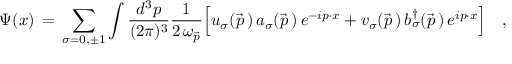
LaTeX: \Psi ( x ) \, = \, \sum _ { \sigma = 0 , \pm 1 } \int { \frac { d ^ { 3 } p } { ( 2 \pi ) ^ { 3 } } } { \frac { 1 } { 2 \, \omega _ { \vec { p } } } } \Big [ u _ { \sigma } ( \vec { p } \, ) \, a _ { \sigma } ( \vec { p } \, ) \, e ^ { - i p \cdot x } + v _ { \sigma } ( \vec { p } \, ) \, b _ { \sigma } ^ { \dagger } ( \vec { p } \, ) \, e ^ { i p \cdot x } \Bigr ] \quad ,